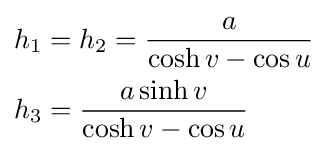
{\begin{aligned}h_{1}&=h_{2}={\frac {a}{\cosh v-\cos u}}\\h_{3}&={\frac {a\sinh v}{\cosh v-\cos u}}\end{aligned}}